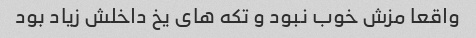
واقعا مزش خوب نبود و تکه های یخ داخلش زیاد بود